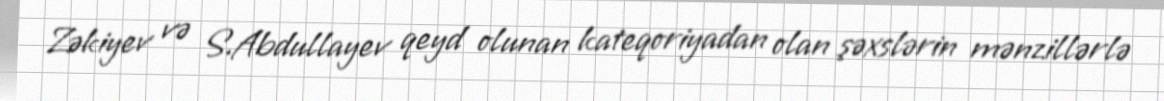
Zəkiyev və S.Abdullayev qeyd olunan kateqoriyadan olan şəxslərin mənzillərlə